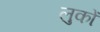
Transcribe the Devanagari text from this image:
लुकों